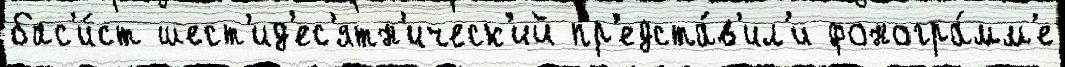
бас'и́ст шест'ид'ес'ятн'ическ'ий пр'едста́в'ил'и фоногра́мм'е